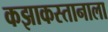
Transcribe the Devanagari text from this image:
कझाकस्तानाला